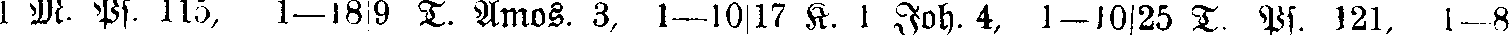
1 M. Ps. 115, 1—18|9  T. Amos, 3, 1—10|17 K. 1 Joh. 4, 1—10|25 T. Ps. 121, 1—8